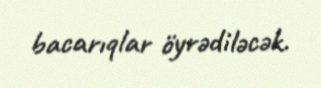
bacarıqlar öyrədiləcək.